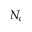
N _ { c }